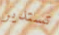
تستدير